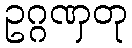
ဥဂ္ဂဏှတု